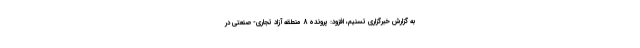
به گزارش خبرگزاری تسنیم، افزود: پرونده 8 منطقه آزاد تجاری- صنعتی در